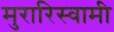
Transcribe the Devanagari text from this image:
मुरारिस्वामी